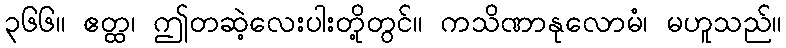
၃၆၆။ ဧတ္ထ၊ ဤတဆဲ့လေးပါးတို့တွင်။ ကသိဏာနုလောမံ၊ မဟူသည်။